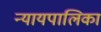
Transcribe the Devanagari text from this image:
न्‍यायपालिका